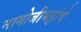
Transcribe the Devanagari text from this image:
नागोजीभट्टांचे